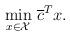
LaTeX: \begin{align*}\min_{x \in \mathcal{X}} & \ \overline{c}^Tx. \\\end{align*}